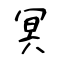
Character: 冥